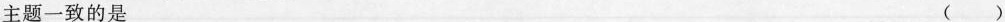
主题一致的是 ( )